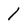
Character: 1